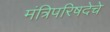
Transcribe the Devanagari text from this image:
मंत्रिपरिषदेचे